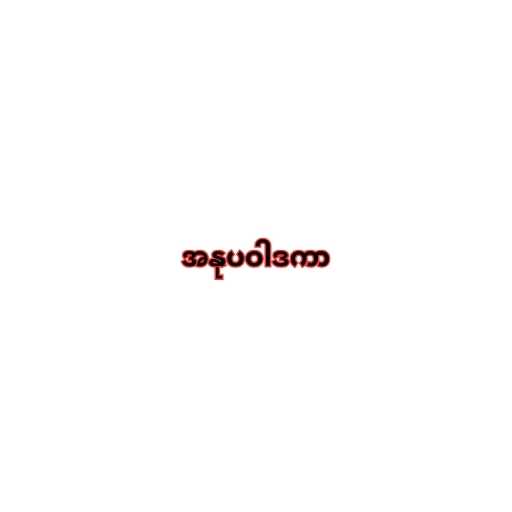
အနုပဝါဒကာ